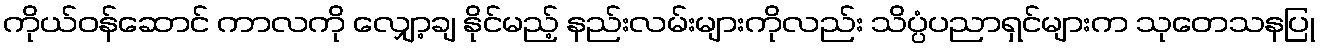
ကိုယ်ဝန်ဆောင် ကာလကို လျှော့ချ နိုင်မည့် နည်းလမ်းများကိုလည်း သိပ္ပံပညာရှင်များက သုတေသနပြု